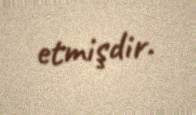
etmişdir.